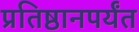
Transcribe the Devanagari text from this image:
प्रतिष्ठानपर्यंत